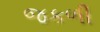
જકળી